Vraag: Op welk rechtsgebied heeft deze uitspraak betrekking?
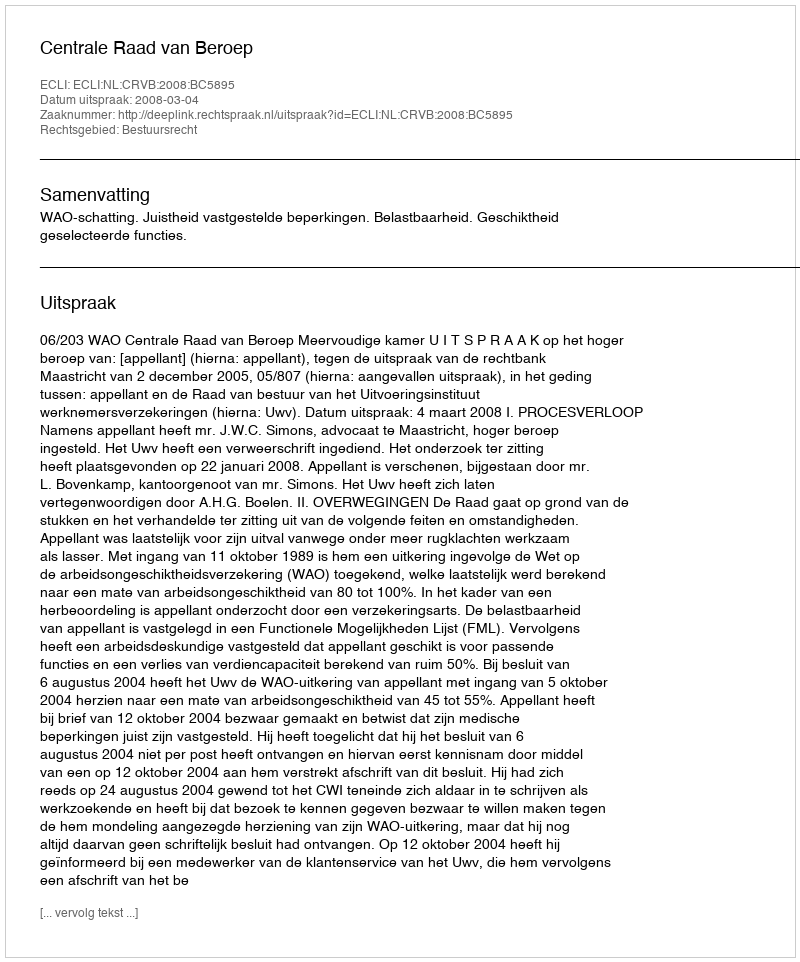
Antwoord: Bestuursrecht